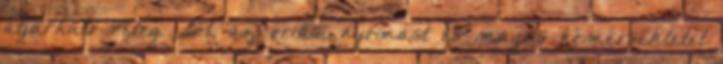
átjárható réteg. Sőt, az óriási nyomást és magas hőmérsékletet